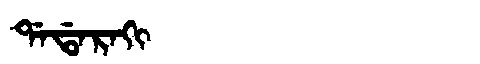
Manchu: ᡩᠠᡩᠠᡵᠠᡴᡳ
Romanization: DADARAKI